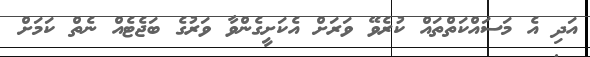
އަދި އެ މަސައްކަތްތައް ކުރެވޭ ވަރަށް އެކަށީގެންވާ ވަރުގެ ބަޖެޓެއް ނެތް ކަމަށް